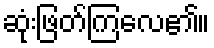
ဆုံးဖြတ်ကြလေ၏။